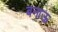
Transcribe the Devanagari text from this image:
बनाऊ